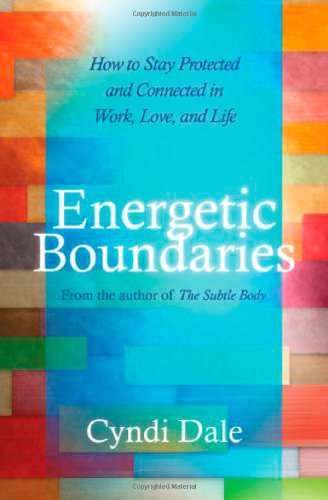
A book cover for Energetic Boundaries: How to Stay Protected and Connected in Work, Love, and Life; Cyndi Dale; Health, Fitness & Dieting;